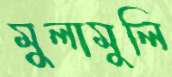
মুলামুলি